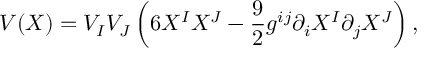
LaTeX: V ( X ) = V _ { I } V _ { J } \left( 6 X ^ { I } X ^ { J } - { \frac { 9 } { 2 } } { g } ^ { i j } \partial _ { i } X ^ { I } \partial _ { j } X ^ { J } \right) ,